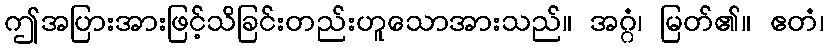
ဤအပြားအားဖြင့်သိခြင်းတည်းဟူသောအားသည်။ အဂ္ဂံ၊ မြတ်၏။ ဧတံ၊